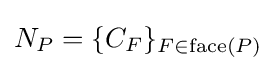
N_{P}=\{C_{F}\}_{F\in \operatorname {face} (P)}